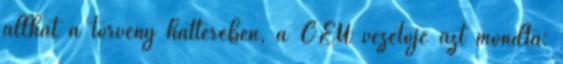
állhat a törvény hátterében, a CEU vezetője azt mondta: